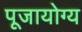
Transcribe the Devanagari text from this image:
पूजायोग्य